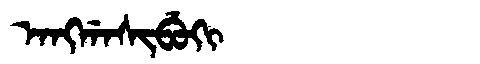
Manchu: ᠠᠩᡤᠠᠰᡳᠪᡠᡴᡳ
Romanization: ANGGASIBUKI